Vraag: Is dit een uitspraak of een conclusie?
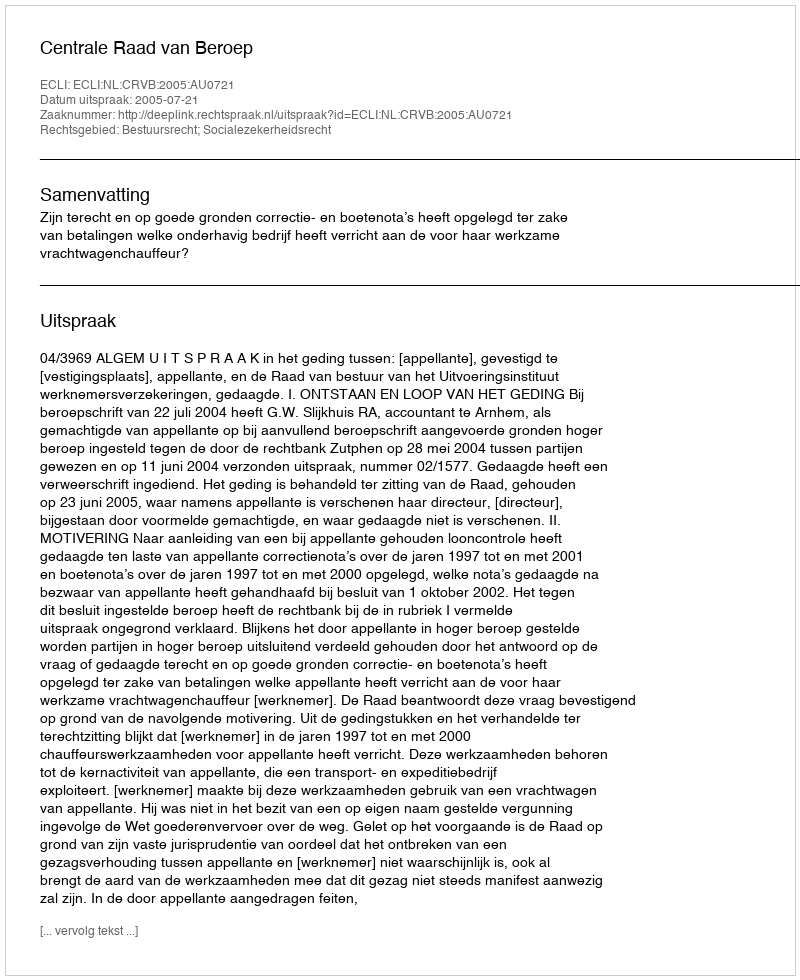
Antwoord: Uitspraak